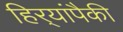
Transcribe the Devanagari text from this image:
हिर्‍यांपैकी